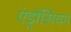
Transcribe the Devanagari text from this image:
एंड्रोसियम